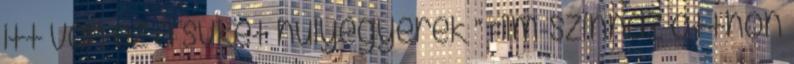
itt van ez a süket hülyegyerek ” Film-színház otthon